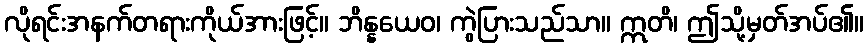
လိုရင်းအနက်တရားကိုယ်အားဖြင့်။ ဘိန္နယေဝ၊ ကွဲပြားသည်သာ။ ဣတိ၊ ဤသို့မှတ်အပ်၏။